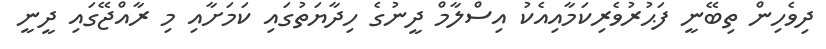
ދިވެހިން ތިބޭޭނީ ފަޙުރުވެރިކަމާއިއެކު އިސްލާމް ދީނުގެ ހިދާޔަތުގައި ކަމަށާއި މި ރާއްޖޭގައި ދީނީ